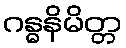
ဂန္ဓနိမိတ္တ